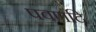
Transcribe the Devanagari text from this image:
पवणंदि